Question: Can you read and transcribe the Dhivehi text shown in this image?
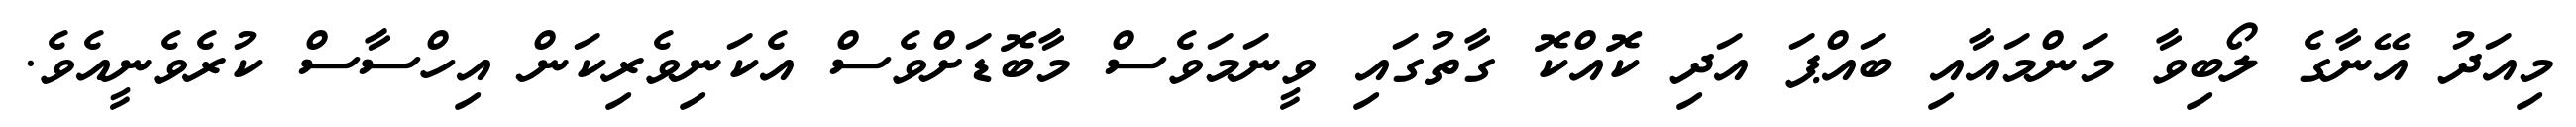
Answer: މިއަދު އޭނާގެ ލޯބިވާ މަންމައާއި ބައްޕަ އަދި ކޮއްކޮ ގާތުގައި ވީނަމަވެސް މާބޮޑަށްވެސް އެކަނިވެރިކަން އިހްސާސް ކުރެވެނީއެވެ.